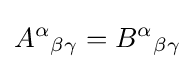
A^{\alpha }{}_{\beta \gamma }=B^{\alpha }{}_{\beta \gamma }